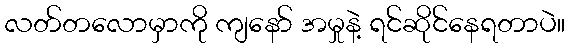
လတ်တလောမှာကို ကျနော် အမှုနဲ့ ရင်ဆိုင်နေရတာပဲ။